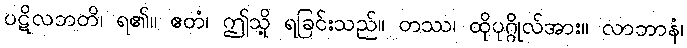
ပဋိလဘတိ၊ ရ၏။ ဧတံ၊ ဤသို့ ရခြင်းသည်။ တဿ၊ ထိုပုဂ္ဂိုလ်အား။ လာဘာနံ၊